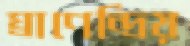
ঘ্রাণেন্দ্রিয়